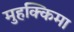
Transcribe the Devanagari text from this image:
मुहक्किमा